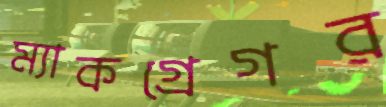
ম্যাকগ্রেগর